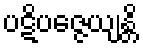
ပဋိပဇ္ဇေယျန္တိ